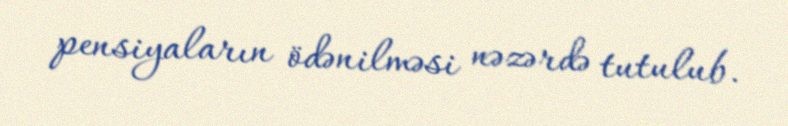
pensiyaların ödənilməsi nəzərdə tutulub.